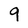
Character: 9